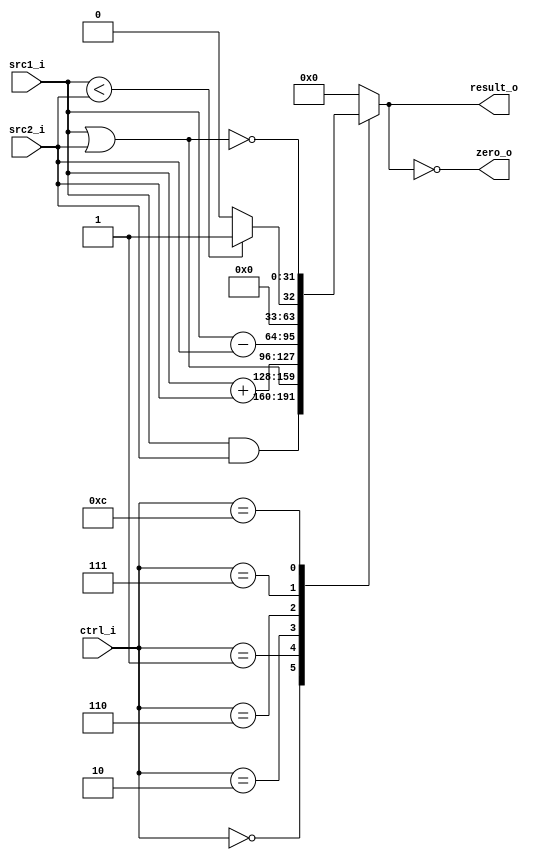

//--------------------------------------------------------------------------------
//Version:     1
//--------------------------------------------------------------------------------
//Writer:      0510008  & 0510026 
//----------------------------------------------
//Date:        
//----------------------------------------------
//Description: 
//--------------------------------------------------------------------------------

module ALU(
    src1_i,
    src2_i,
    ctrl_i,
    result_o,
    zero_o
    );
     
//I/O ports
input  [32-1:0]  src1_i;
input  [32-1:0]  src2_i;
input  [4-1:0]   ctrl_i;

output [32-1:0]  result_o;
output           zero_o;

//Internal signals
reg    [32-1:0]  result_o;
wire             zero_o;

//Parameter
assign zero_o = (result_o==0);
always @(ctrl_i, src1_i, src2_i) begin
    case (ctrl_i)
        0: result_o<=src1_i&src2_i;
        1: result_o<= src1_i | src2_i;
        2: result_o<=src1_i + src2_i;
        6: result_o<=src1_i - src2_i;
        7: result_o<=( $signed (src1_i) < $signed(src2_i)) ? 32'd1:32'd0 ;
        12: result_o<= ~(src1_i | src2_i);
        default: result_o<=0;
    endcase
end

//Main function

endmodule